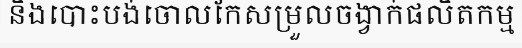
និងបោះបង់ចោលកែសម្រួលចង្វាក់ផលិតកម្ម